Indian journal of veterinary science and animal husbandry - Volume 3,
Year: 1933
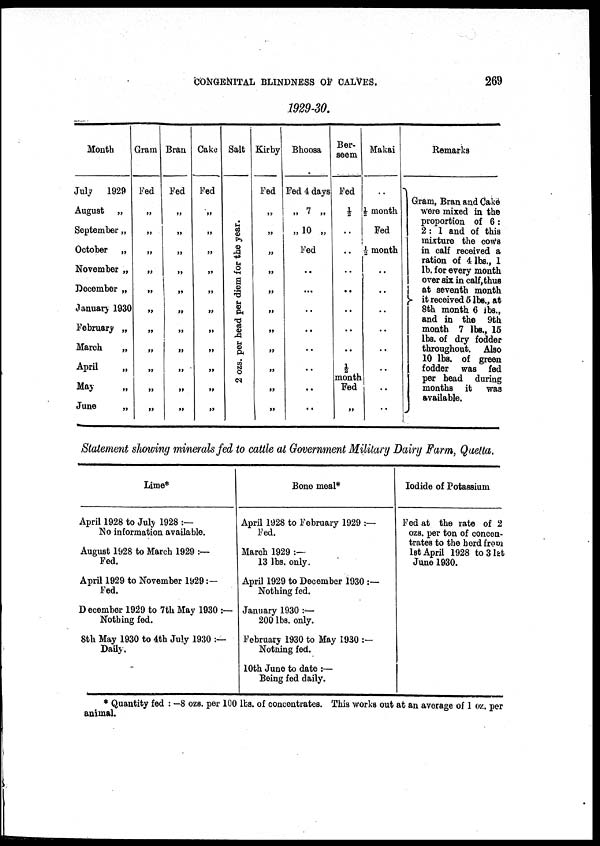
CONGENITAL BLINDNESS OF CALVES.
269
1929-30.
Month
July 1929
August „
September „
October „
November „
December „
January 1930
February „
March
„
April
„
May
„
June
„
Gram
Fed
„
„
„
„
„
„
„
„
„
„
„
Bran
Fed
„
„
„
„
„
„
„
„
„
„
„
Cake
Fed
„
„
„
„
„
„
„
„
„
„
„
Salt
2 ozs.
per
head
per
diem
for
the
year.
Kirby
Fed
„
„
„
„
„
„
„
„
„
„
„
Bhoosa
Fed 4 days
„ 7 „
„ 10 „
Fed
..
...
..
..
..
..
..
..
Ber¬
seem
Fed
½
..
..
..
..
..
..
..
½
month Fed
„
Makai
..
½ month
Fed
½ month
..
..
..
..
..
..
..
..
Remarks
Gram, Bran and Cake
were mixed in the
proportion of 6 :
2 : 1 and of this
mixture the cows
in calf received a
ration of 4 lbs., 1
lb. for every month
over six in calf,thus
at seventh month
} it received 5 lbs., at
8th month 6 lbs.,
and in the 9th
month 7 lbs., 15
lbs. of dry fodder
throughout. Also
10 lbs. of green
fodder was fed
per head during
months it was
available.
Statement showing minerals fed to cattle at Government Military Dairy Farm, Quetta.
Lime*
April 1928 to July 1928 :—
No information available.
August 1928 to March 1929 :—
Fed.
April 1929 to November 1929 :—
Fed.
December 1929 to 7th May 1930 :—
Nothing fed.
8th May 1930 to 4th July 1930 :—
Daily.
Bone meal*
April 1928 to February 1929 :—
Fed.
March 1929 :—
13 lbs. only.
April 1929 to December 1930 :—
Nothing fed.
January 1930 :—
200 lbs. only.
February 1930 to May 1930 :—
Notning fed.
10th June to date :—
Being fed daily.
Iodide of Potassium
Fed at the rate of 2
ozs. per ton of concen-
trates to the herd from
1st April 1928 to 31 st
June 1930.
* Quantity fed : —8 ozs. per 100 lbs. of concentrates. This works out at an average of 1 oz. per
animal.